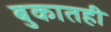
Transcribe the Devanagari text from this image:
बुकातही